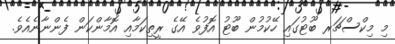
މި މިކްސްޗަރ ބޫޓުގައި ހޭކުމުން ބޫޓު އޮފުވެ އޭގެ ރީތިކަމާއި އޮމާންކަން ފެންނާނެއެވެ.